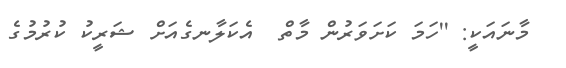
މާނައަކީ: ''ހަމަ ކަށަވަރުން މާތް  އެކަލާނގެއަށް ޝަރީކު ކުރުމުގެ